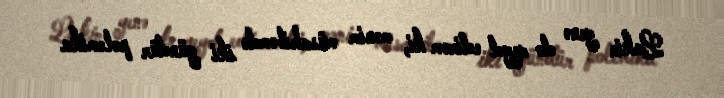
Lakin yenə də qeyd edirəm ki, mənim müsahibəmdə iki gündür polemika